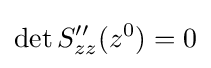
\det S''_{zz}(z^{0})=0